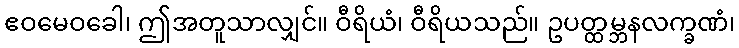
ဧဝမေဝခေါ၊ ဤအတူသာလျှင်။ ဝီရိယံ၊ ဝီရိယသည်။ ဥပတ္ထမ္ဘနလက္ခဏံ၊